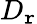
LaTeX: D_{\mathtt{r}}